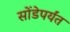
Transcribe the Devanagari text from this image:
सोंडेपर्यंत